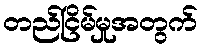
တည်ငြိမ်မှုအတွက်